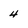
Character: 4